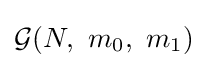
{\mathcal {G}}(N,~m_{0},~m_{1})